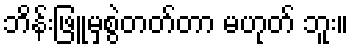
ဘိန်းဖြူမှစွဲတတ်တာ မဟုတ် ဘူး။